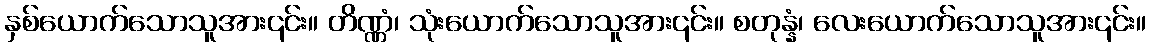
နှစ်ယောက်သောသူအား၎င်း။ တိဏ္ဏံ၊ သုံးယောက်သောသူအား၎င်း။ စတုန္နံ၊ လေးယောက်သောသူအား၎င်း။